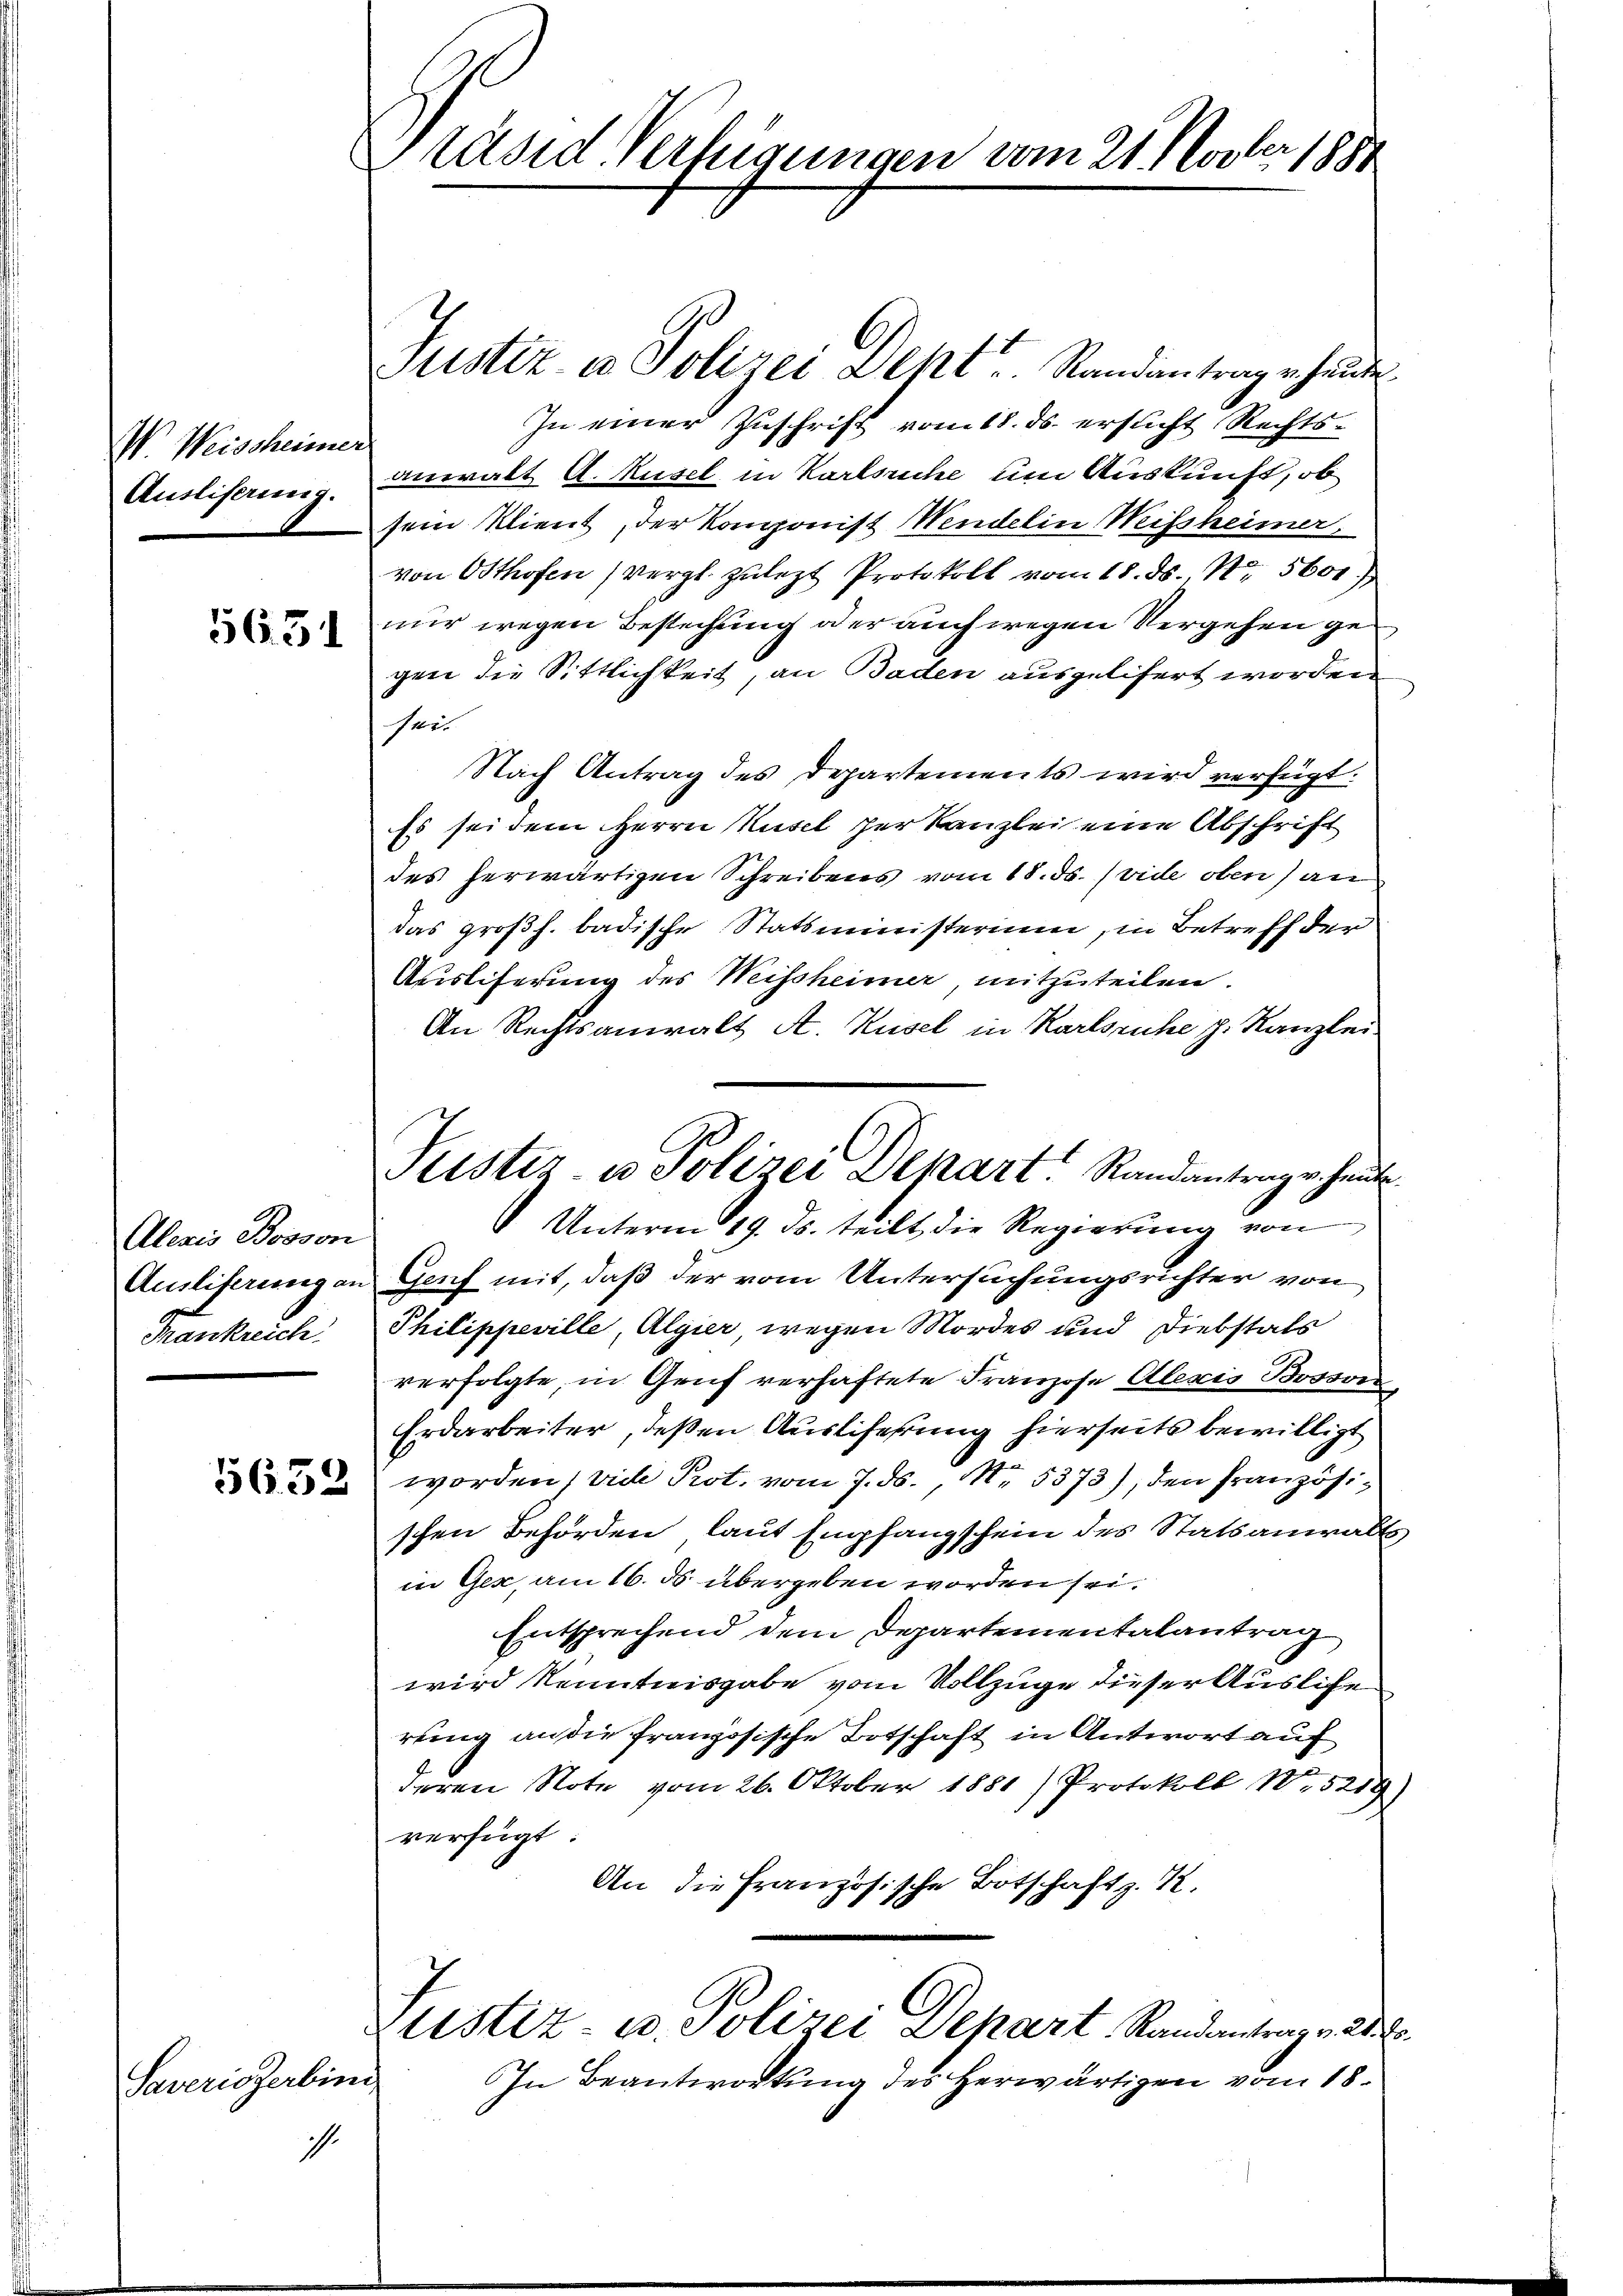
V. Weischeiner
Ausliserung.

5631

Aleris Bosson
Frankreich

5632

Saverizerbini

1

er
Präsid Verfügungen vom 21. Novbr. 1881

Justiz u. Polizei Deht. Randantrag erhande.
In einer Zuschrift vom 18. ds. ersucht Rechts-
anwalt A. Kusel in Karlsuche um Auskunft, ob
sein Klient, der Komponist Mendelin Weissheimer,
von Osthofen (vergl. zulezt Protokoll vom 18. ds. 1. 5600
nur wegen Bestechung oder auch wegen Vergehen ge
gen die Sittlichkeit, an Baden ausgelifert worden
r
Nach Antrag des Departements wird verfügt:
Es sei dem Herrn Husel der Kanzlei eine Abschrift
des herwärtigen Schreibens vom 18. ds. (vide oben) an
das großh. badische Statsministerium, in Betreff der
Auslieferung des Weissheimer, mitzuteilen.
An Rechtsanwalt A. Kusel in Karlsruhe p. Kanzlei
 Unterm 19. ds. teilt die Regierung von
Amliferung an Genf mit, daß der vom Untersuchungsrichter von
Philippeville, Algier, wegen Mordes und Diebstals
verfolgte, in Genf verhaftete Franzose Alexis Bosson
Erdarbeiter, deßen Auslieferung hierseits bewilligt
worden (vide Prot. vom 7. ds., N. 5373), den französischen Behörden laut Empfangschein des Statsanwalts,
in Gex, am 16. ds. übergeben worden sei.
Entsprechend dem Departementalantrag
wird kenntnisgabe vom Vollzuge dieser Ausliche
rung an die französische Botschaft in Antwort auf
deren Note vom 26. Oktober 1881) Protokoll No 5219.
verfügt
An die Französische Botschaft z. 12.
Justiz- u. Polizei Depart, Randantrag v. 28.
In Beantwortung des Herwärtigen vom 18.

Justiz- u Polizei Depart. Randantrage heut